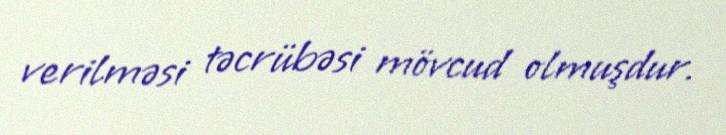
verilməsi təcrübəsi mövcud olmuşdur.